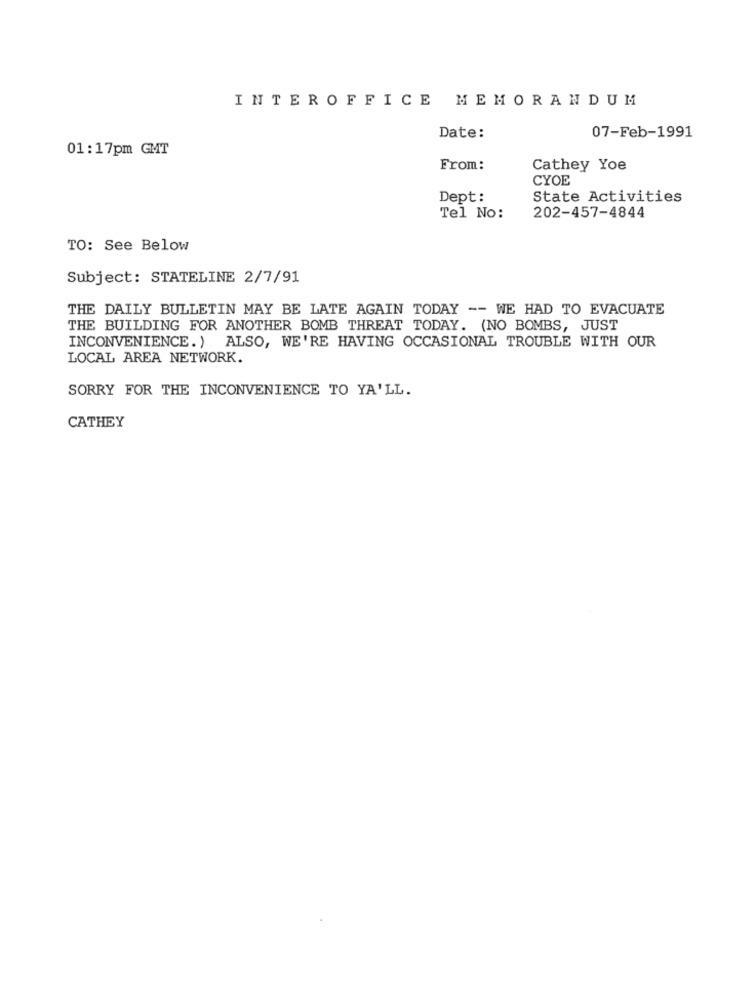
INTEROFFICE MEMORANDUM
Date:
07-Feb-1991
01:17pm GMT
From:
Cathey Yoe
CYOE
Dept:
State Activities
Tel No:
202-457-4844
TO: See Below
Subject: STATELINE 2/7/91
THE DAILY BULLETIN MAY BE LATE AGAIN TODAY -- WE HAD TO EVACUATE
THE BUILDING FOR ANOTHER BOMB THREAT TODAY. (NO BOMBS, JUST
INCONVENIENCE.) ALSO, WE'RE HAVING OCCASIONAL TROUBLE WITH OUR
LOCAL AREA NETWORK.
SORRY FOR THE INCONVENIENCE TO YA'LL.
CATHEY